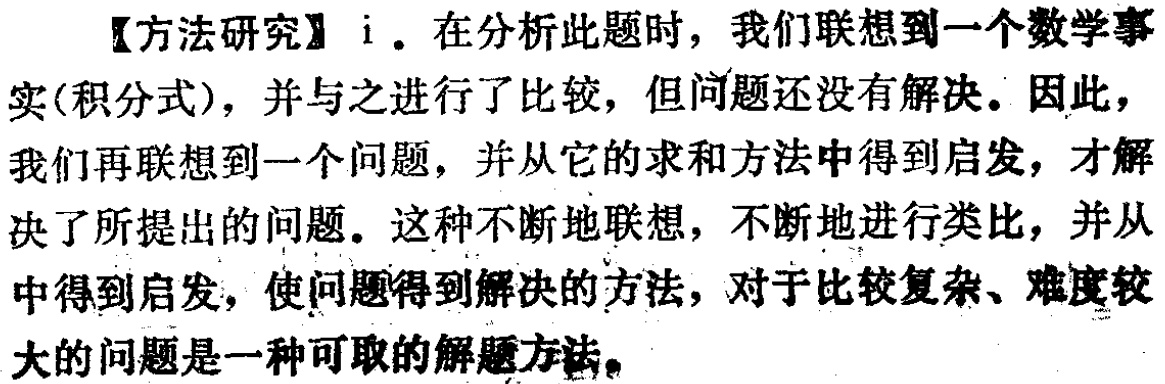
【方法研究】i. 在分析此题时，我们联想到一个数学事实(积分式)，并与之进行了比较，但问题还没有解决。因此，我们再联想到一个问题，并从它的求和方法中得到启发，才解决了所提出的问题。这种不断地联想，不断地进行类比，并从中得到启发，使问题得到解决的方法，对于比较复杂、难度较大的问题是一种可取的解题方法。